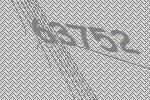
63752